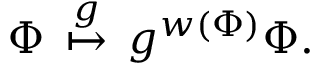
{ \Phi } \, \stackrel { g } { \mapsto } \, g ^ { w ( { \Phi } ) } { \Phi } .